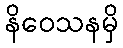
နိဝေသနမှိ